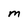
Character: M